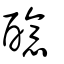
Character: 醷